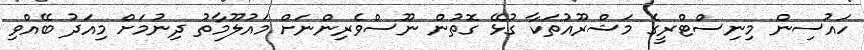
ހައުސިން މިނިސްޓްރީގެ މަޝްރޫއުތަކާ ގުޅޭ ގޮތުން ނޫސްވެރިންނަށް މައުލޫމާތު ދިނުމަށް މިއަދު ބޭއްވި